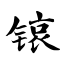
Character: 锿